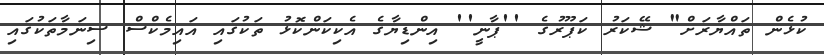
ކުޅެން ތައްޔާރަށް" ޝޭކަރު ކަޕޫރުގެ ''ޕާނީ'' އިންޑިޔާގެ އެކިކަންކޮޅު ތަކުގައި އައިމެކްސް ސިނަމާތަކުގައި